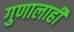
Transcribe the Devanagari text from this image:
गुणालाही